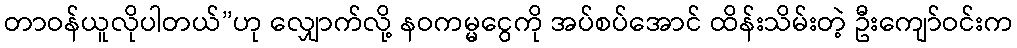
တာဝန်ယူလိုပါတယ်”ဟု လျှောက်လို့ နဝကမ္မငွေကို အပ်စပ်အောင် ထိန်းသိမ်းတဲ့ ဦးကျော်ဝင်းက